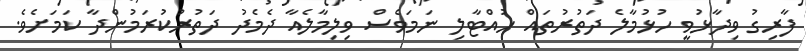
ފާރިގު ވިދާޅުވީ ހުޅުމާލެ ދަތުރުތައް ހުއްޓާލި ނަމަވެސް ވިލިމާލެއާ ދެމެދު ދަތުރުކުރަމުންދާ ކަމަށެވެ.